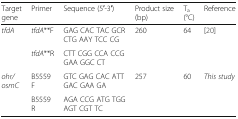
<table><thead><tr><td><b>Target gene</b></td><td><b>Primer</b></td><td><b>Sequence (5′-3′)</b></td><td><b>Product size (bp)</b></td><td><b>T<sub>a</sub> (°C)</b></td><td><b>Reference</b></td></tr></thead><tbody><tr><td rowspan="2"><i>tfdA</i></td><td><i>tfdA</i>**F</td><td>GAG CAC TAC GCR CTG AAY TCC CG</td><td>260</td><td>64</td><td>[20]</td></tr><tr><td><i>tfdA</i>**R</td><td>CTT CGG CCA CCG GAA GGC CT</td><td></td><td></td><td></td></tr><tr><td rowspan="2"><i>ohr/osmC</i></td><td>B5559 F</td><td>GTC GAG CAC ATT GAC GAA GA</td><td>257</td><td>60</td><td><i>This study</i></td></tr><tr><td>B5559 R</td><td>AGA CCG ATG TGG AGT CGT TC</td><td></td><td></td><td></td></tr></tbody></table>